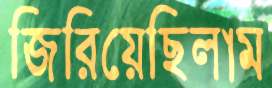
জিরিয়েছিলাম